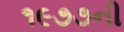
૧૯૭૭ની